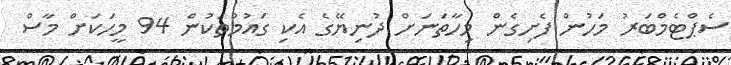
ސެޕްޓެމްބަރު މަހުން ފެށިގެން މިހާތަނަށް ދުނިޔޭގެ އެކި ގައުމުތަކުން 94 މީހަކަށް މާސް